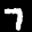
Label: 7